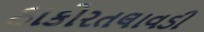
ઠાકોરતલાવડી